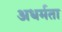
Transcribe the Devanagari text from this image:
अधर्मता